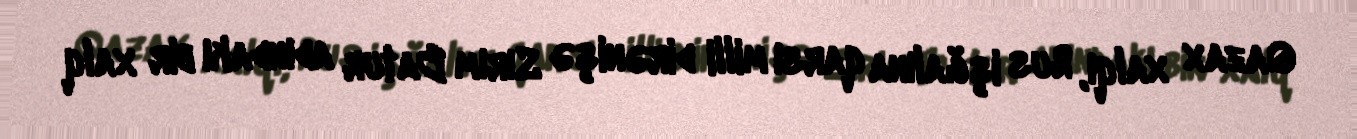
Qazax xalqı, Rus işğalına qarsı milli dirənişə Sırım Batur adındakı bir xalq